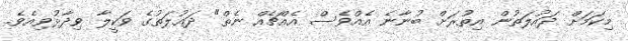
މިކަމަށް ދައުލަތުން އިތުރަށް ބުނާނެ އެއްވެސް އެއްޗެއް ނެތް" ދައުލަތުގެ ވަކީލާ ވިދާޅުވިއެވެ.